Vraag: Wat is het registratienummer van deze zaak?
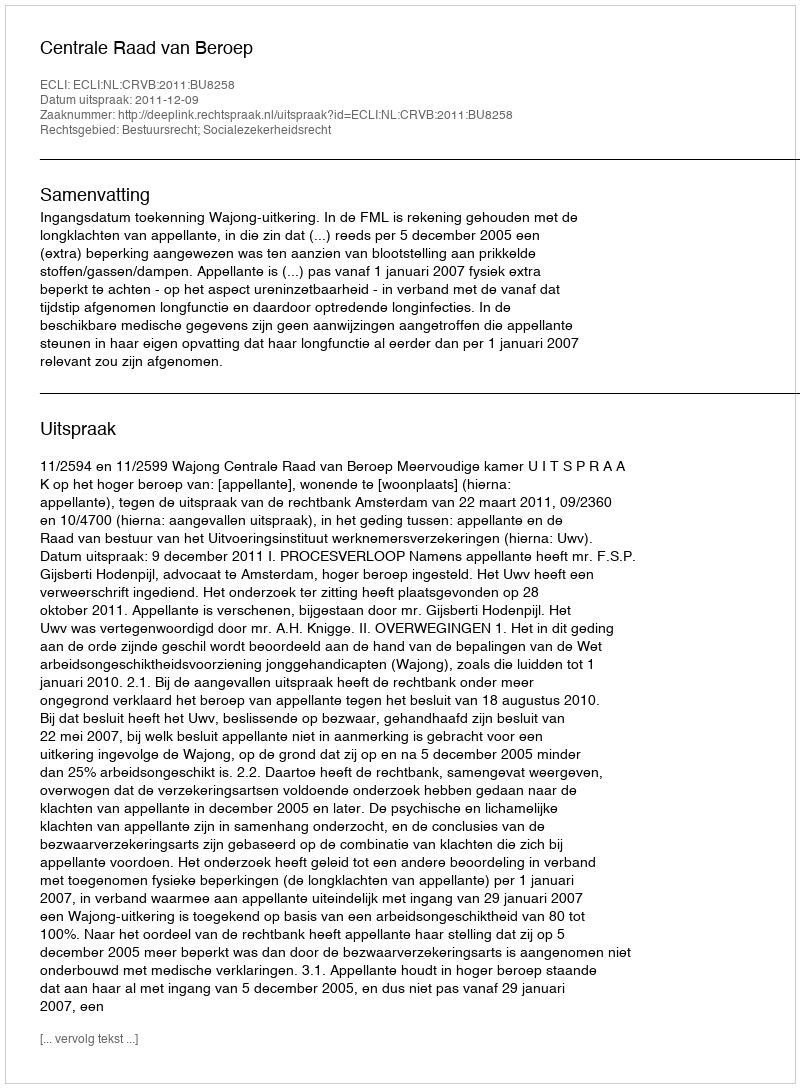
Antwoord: http://deeplink.rechtspraak.nl/uitspraak?id=ECLI:NL:CRVB:2011:BU8258